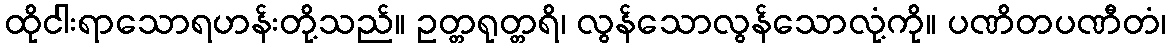
ထိုငါးရာသောရဟန်းတို့သည်။ ဥတ္တရုတ္တရိ၊ လွန်သောလွန်သောလုံ့ကို။ ပဏိတပဏီတံ၊